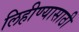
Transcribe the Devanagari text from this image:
लिहीण्यासाठी